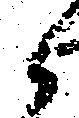
候